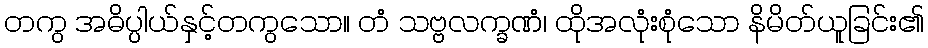
တကွ အဓိပ္ပါယ်နှင့်တကွသော။ တံ သဗ္ဗလက္ခဏံ၊ ထိုအလုံးစုံသော နိမိတ်ယူခြင်း၏